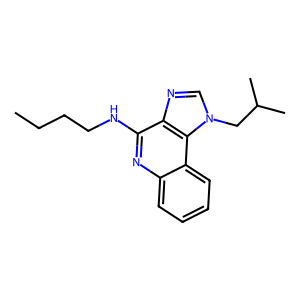
SMILES: CCCCNc1nc2ccccc2c2c1ncn2CC(C)C
Inhibits HIV replication: No